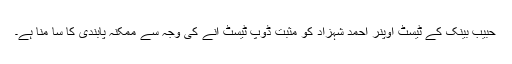
حبیب بینک کے ٹیسٹ اوپنر احمد شہزاد کو مثبت ڈوپ ٹیسٹ آنے کی وجہ سے ممکنہ پابندی کا سا منا ہے۔